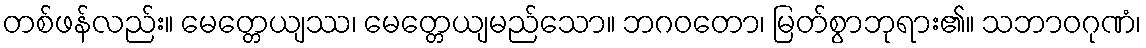
တစ်ဖန်လည်း။ မေတ္တေယျဿ၊ မေတ္တေယျမည်သော။ ဘဂဝတော၊ မြတ်စွာဘုရား၏။ သဘာဝဂုဏံ၊